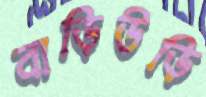
বাড়িউড়ি